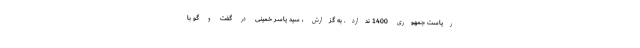
ریاست جمهوری 1400 ندارد. به گزارش ، سید یاسر خمینی در گفت و گو با